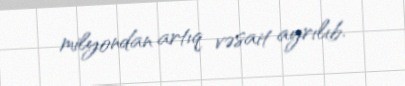
milyondan artıq vəsait ayrılıb.